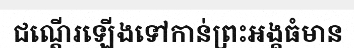
ជណ្តើរឡើងទៅកាន់ព្រះអង្គធំមាន